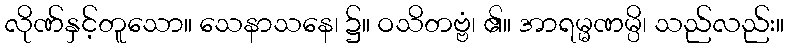
လိုဏ်နှင့်တူသော။ သေနာသနေ၊ ၌။ ဝသိတဗ္ဗံ၊ ၏။ အာရမ္မဏမ္ပိ၊ သည်လည်း။